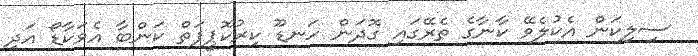
ސިލިކަން އެކުލެވޭ ކާނާގެ ތެރޭގައި ގޮދަން ހަނޑޫ ކިރުކޮޕީފަތް ކަންބާ އެވަކާޑޯ އަދި